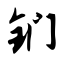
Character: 钔